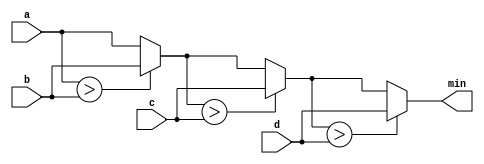
module top_module (
    input [7:0] a, b, c, d,
    output [7:0] min);//

    // assign intermediate_result1 = compare? true: false;
    wire [7:0] tmp_1;
    wire [7:0] tmp_2;

    assign tmp_1 = (a > b) ? b : a;
    assign tmp_2 = (tmp_1 > c) ? c : tmp_1;
    assign min = (tmp_2 > d) ? d : tmp_2;

endmodule